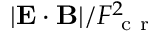
| \mathbf { E } \cdot \mathbf { B } | / F _ { \mathrm { ~ c ~ r ~ } } ^ { 2 }